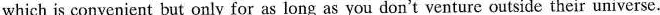
which is convenient but only for as long as you don't venture their universe.